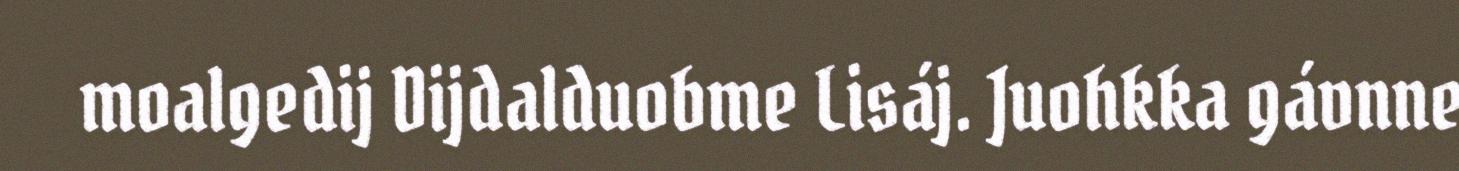
moalgedij Dijdalduobme Lisáj. Juohkka gávnne